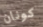
كونان